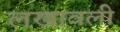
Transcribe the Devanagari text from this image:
लखावली